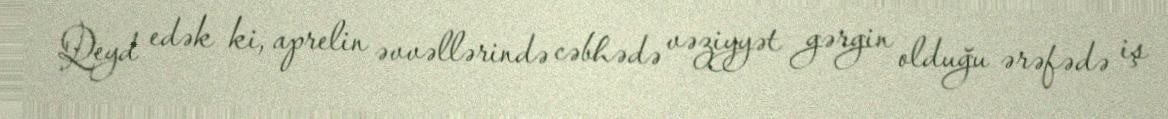
Qeyd edək ki, aprelin əvvəllərində cəbhədə vəziyyət gərgin olduğu ərəfədə iş